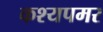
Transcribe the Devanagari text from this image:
कश्यपमर